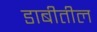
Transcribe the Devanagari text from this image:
डाबीतील